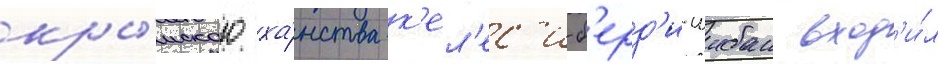
кры́мского ха́нства к'ел'ес'и-б'ерд'и-шибан вход'и́л